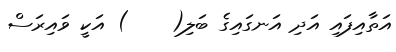
އަތާއިފައި އަދި އަނގައިގެ ބަލި(    ) އަކީ ވައިރަސް